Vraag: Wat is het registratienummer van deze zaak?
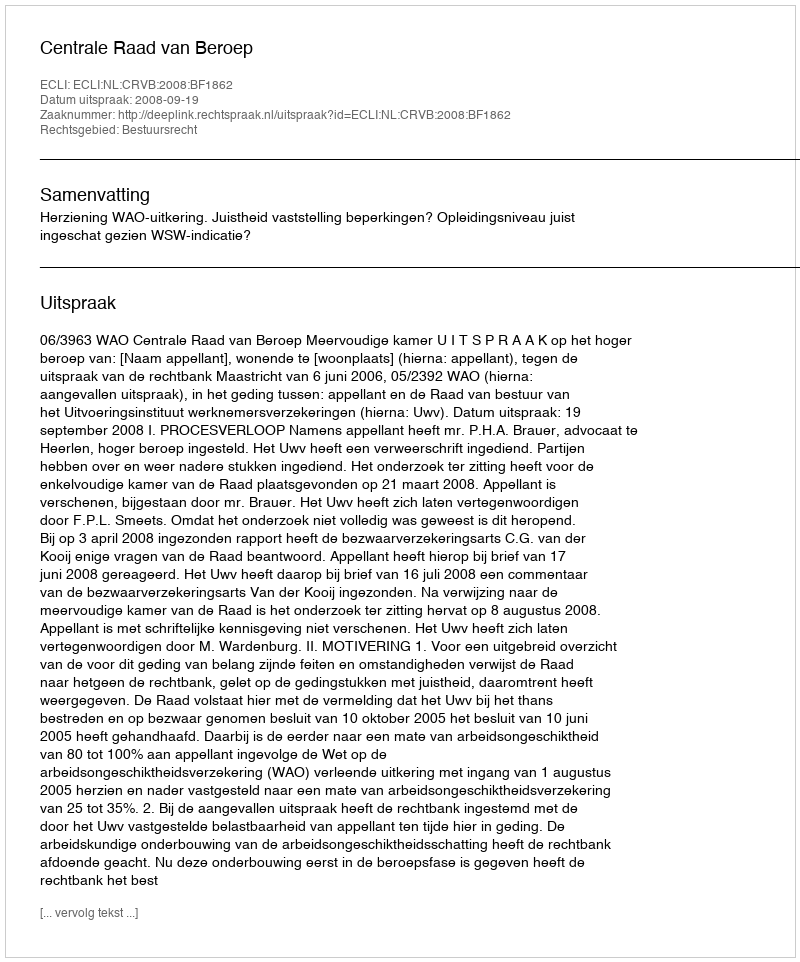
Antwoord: http://deeplink.rechtspraak.nl/uitspraak?id=ECLI:NL:CRVB:2008:BF1862